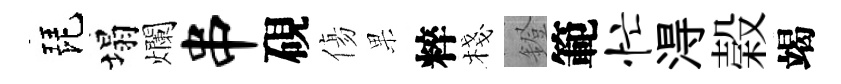
琵塌爛串硯傷果粹棧鐙範忙淂榖竭